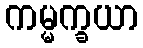
ကမ္မက္ခယာ